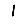
Digit: 1